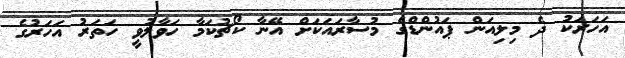
އަހަރަކު ދެ މިލިއަން ޕައުންޑްގެ މުސާރައަކަށް އޭނާ ކޯޗުކަމާ ހަވާލުވީ ހަތަރު އަހަރުގެ